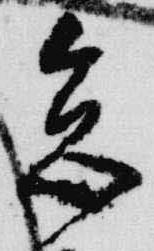
怠